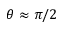
\theta \approx \pi / 2